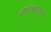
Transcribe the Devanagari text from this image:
ओशिक्वान्यामा